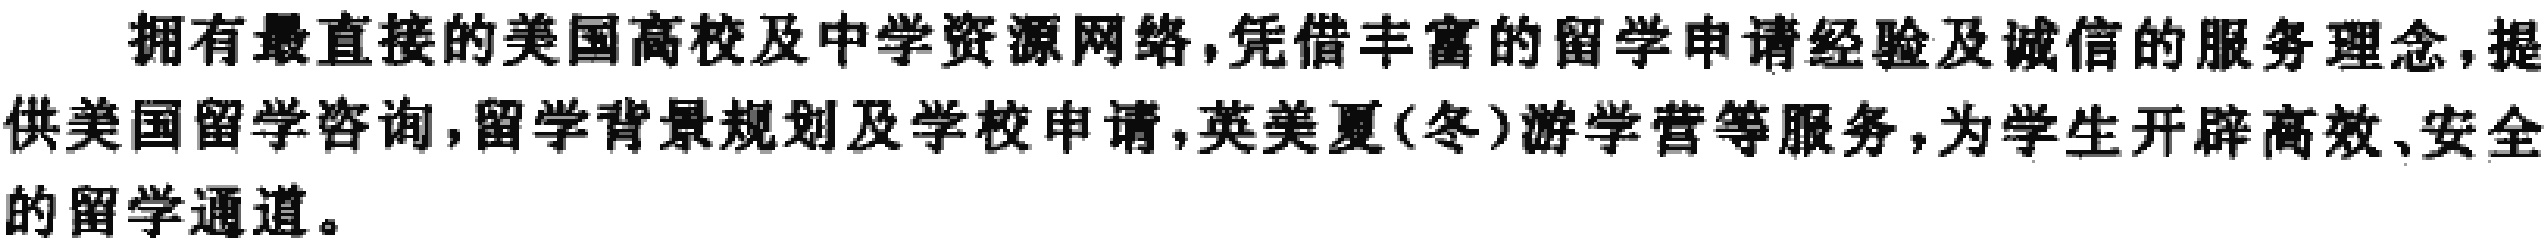
拥有最直接的美国高校及中学资源网络,凭借丰富的留学申请经验及诚信的服务理念,提供美国留学咨询,留学背景规划及学校申请,英美夏(冬)游学营等服务,为学生开辟高效、安全的留学通道。